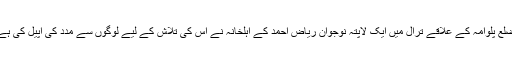
ضلع پلوامہ کے علاقے ترال میں ایک لاپتہ نوجوان ریاض احمد کے اہلخانہ نے اس کی تلاش کے لیے لوگوں سے مدد کی اپیل کی ہے۔